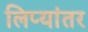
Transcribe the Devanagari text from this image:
लिप्यांतर